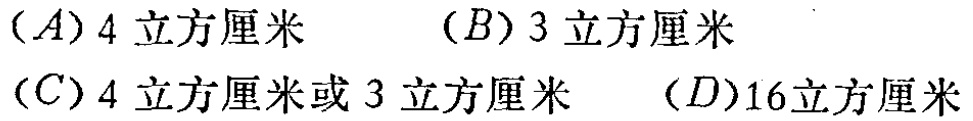
$(A)4\text{ 立方厘米}\quad (B)3\text{ 立方厘米}\\(C)4\text{ 立方厘米或 }3\text{ 立方厘米}\quad (D)16\text{立方厘米}$